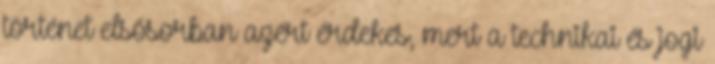
történet elsősorban azért érdekes, mert a technikai és jogi